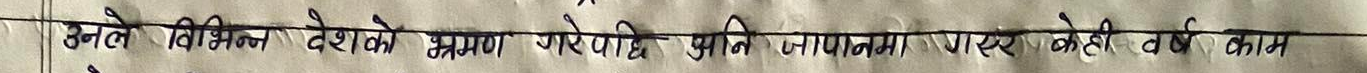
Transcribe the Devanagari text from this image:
उनले विभिन्न देशको भ्रमण गरेपछि अनि जापानमा गएर केही वर्ष काम